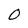
Character: 0